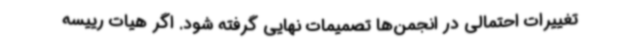
تغییرات احتمالی در انجمن‌ها تصمیمات نهایی گرفته شود. اگر هیات رییسه